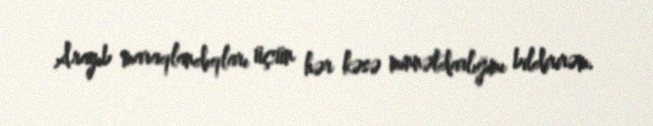
Arayıb maraqlandıqları üçün hər kəsə minnətdarlığımı bildirirəm.